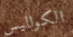
الكواليس